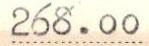
268.00